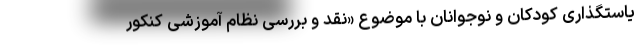
یاستگذاری کودکان و نوجوانان با موضوع «نقد و بررسی نظام آموزشی کنکور